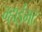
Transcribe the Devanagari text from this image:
म्हाईंभट